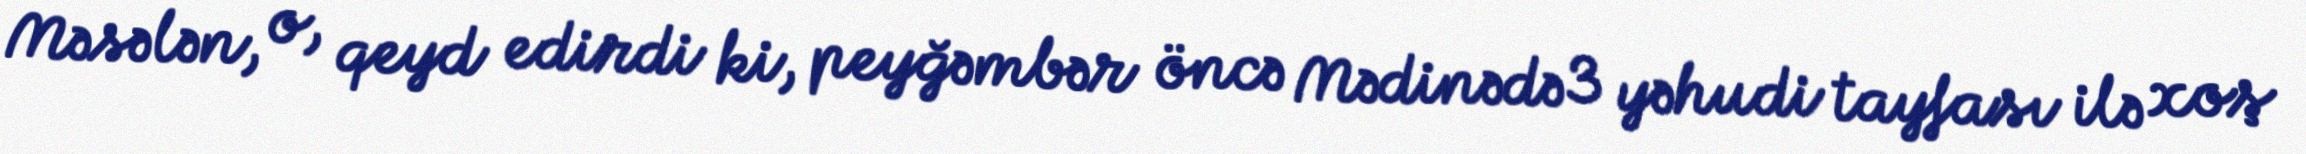
Məsələn, o, qeyd edirdi ki, peyğəmbər öncə Mədinədə 3 yəhudi tayfası ilə xoş